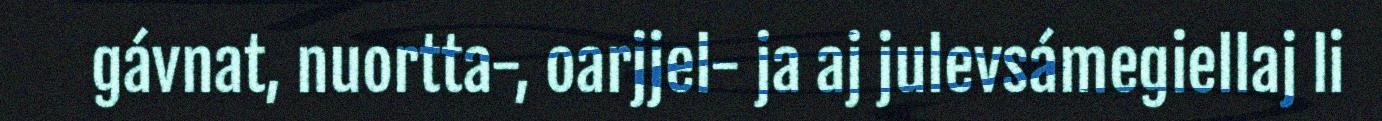
gávnat, nuortta-, oarjjel- ja aj julevsámegiellaj li